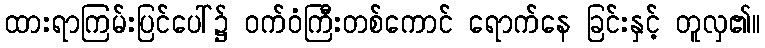
ထားရာကြမ်းပြင်ပေါ်၌ ဝက်ဝံကြီးတစ်ကောင် ရောက်နေ ခြင်းနှင့် တူလှ၏။